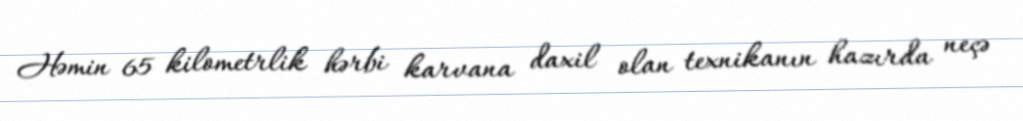
Həmin 65 kilometrlik hərbi karvana daxil olan texnikanın hazırda neçə